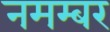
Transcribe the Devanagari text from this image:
नमम्बर